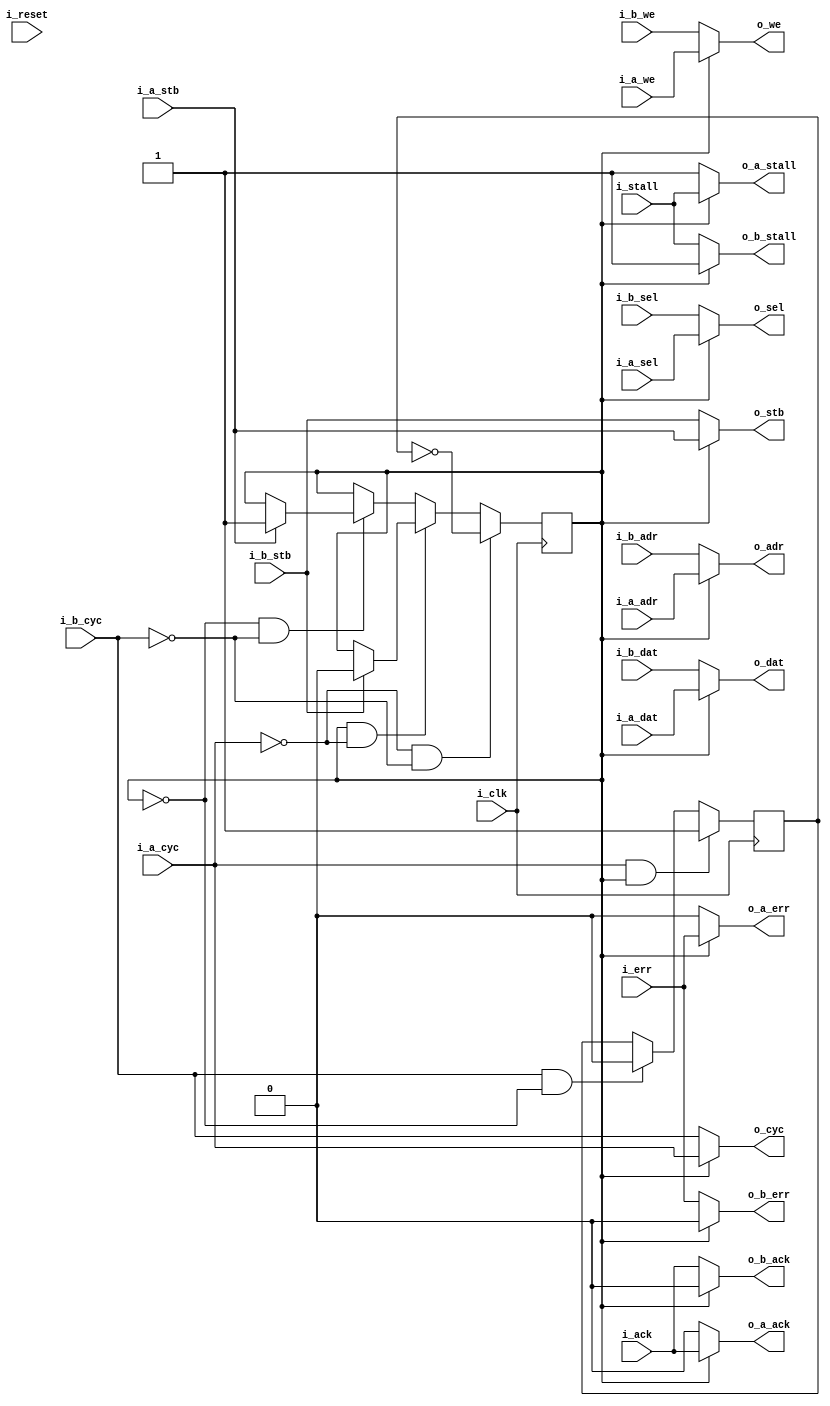
////////////////////////////////////////////////////////////////////////////////
//
//
// Project:	Zip CPU -- a small, lightweight, RISC CPU soft core
//
// Purpose:	This is a priority bus arbiter.  It allows two separate wishbone
//		masters to connect to the same bus, while also guaranteeing
//	that the last master can have the bus with no delay any time it is
//	idle.  The goal is to minimize the combinatorial logic required in this
//	process, while still minimizing access time.
//
//	The core logic works like this:
//
//		1. If 'A' or 'B' asserts the o_cyc line, a bus cycle will begin,
//			with acccess granted to whomever requested it.
//		2. If both 'A' and 'B' assert o_cyc at the same time, only 'A'
//			will be granted the bus.  (If the alternating parameter 
//			is set, A and B will alternate who gets the bus in
//			this case.)
//		3. The bus will remain owned by whomever the bus was granted to
//			until they deassert the o_cyc line.
//		4. At the end of a bus cycle, o_cyc is guaranteed to be
//			deasserted (low) for one clock.
//		5. On the next clock, bus arbitration takes place again.  If
//			'A' requests the bus, no matter how long 'B' was
//			waiting, 'A' will then be granted the bus.  (Unless
//			again the alternating parameter is set, then the
//			access is guaranteed to switch to B.)
//
//
// Creator:	Dan Gisselquist, Ph.D.
//		Gisselquist Technology, LLC
//
////////////////////////////////////////////////////////////////////////////////
//
// Copyright (C) 2015-2020, Gisselquist Technology, LLC
//
// This program is free software (firmware): you can redistribute it and/or
// modify it under the terms of  the GNU General Public License as published
// by the Free Software Foundation, either version 3 of the License, or (at
// your option) any later version.
//
// This program is distributed in the hope that it will be useful, but WITHOUT
// ANY WARRANTY; without even the implied warranty of MERCHANTIBILITY or
// FITNESS FOR A PARTICULAR PURPOSE.  See the GNU General Public License
// for more details.
//
// You should have received a copy of the GNU General Public License along
// with this program.  (It's in the $(ROOT)/doc directory.  Run make with no
// target there if the PDF file isn't present.)  If not, see
// <http://www.gnu.org/licenses/> for a copy.
//
// License:	GPL, v3, as defined and found on www.gnu.org,
//		http://www.gnu.org/licenses/gpl.html
//
//
////////////////////////////////////////////////////////////////////////////////
//
//
`default_nettype	none
//
`define	WBA_ALTERNATING
//
module	wbarbiter(i_clk, i_reset,
	// Bus A -- the priority bus
	i_a_cyc, i_a_stb, i_a_we, i_a_adr, i_a_dat, i_a_sel,
		o_a_stall, o_a_ack, o_a_err,
	// Bus B
	i_b_cyc, i_b_stb, i_b_we, i_b_adr, i_b_dat, i_b_sel,
		o_b_stall, o_b_ack, o_b_err,
	// Combined/arbitrated bus
	o_cyc, o_stb, o_we, o_adr, o_dat, o_sel, i_stall, i_ack, i_err
	);
	parameter			DW=32, AW=32;
	parameter			SCHEME="ALTERNATING";
	parameter	[0:0]		OPT_ZERO_ON_IDLE = 1'b0;
	parameter			F_MAX_STALL = 3;
	parameter			F_MAX_ACK_DELAY = 3;

	//
	input	wire			i_clk, i_reset;
	// Bus A
	input	wire			i_a_cyc, i_a_stb, i_a_we;
	input	wire	[(AW-1):0]	i_a_adr;
	input	wire	[(DW-1):0]	i_a_dat;
	input	wire	[(DW/8-1):0]	i_a_sel;
	output	wire			o_a_stall, o_a_ack, o_a_err;
	// Bus B
	input	wire			i_b_cyc, i_b_stb, i_b_we;
	input	wire	[(AW-1):0]	i_b_adr;
	input	wire	[(DW-1):0]	i_b_dat;
	input	wire	[(DW/8-1):0]	i_b_sel;
	output	wire			o_b_stall, o_b_ack, o_b_err;
	//
	output	wire			o_cyc, o_stb, o_we;
	output	wire	[(AW-1):0]	o_adr;
	output	wire	[(DW-1):0]	o_dat;
	output	wire	[(DW/8-1):0]	o_sel;
	input	wire			i_stall, i_ack, i_err;
	//

	// Go high immediately (new cycle) if ...
	//	Previous cycle was low and *someone* is requesting a bus cycle
	// Go low immadiately if ...
	//	We were just high and the owner no longer wants the bus
	// WISHBONE Spec recommends no logic between a FF and the o_cyc
	//	This violates that spec.  (Rec 3.15, p35)
	reg	r_a_owner;

	assign o_cyc = (r_a_owner) ? i_a_cyc : i_b_cyc;
	initial	r_a_owner = 1'b1;

	generate if (SCHEME == "PRIORITY")
	begin : PRI

		always @(posedge i_clk)
			if (!i_b_cyc)
				r_a_owner <= 1'b1;
			// Allow B to set its CYC line w/o activating this
			// interface
			else if ((i_b_stb)&&(!i_a_cyc))
				r_a_owner <= 1'b0;

	end else if (SCHEME == "ALTERNATING")
	begin : ALT

		reg	last_owner;
		initial	last_owner = 1'b0;
		always @(posedge i_clk)
			if ((i_a_cyc)&&(r_a_owner))
				last_owner <= 1'b1;
			else if ((i_b_cyc)&&(!r_a_owner))
				last_owner <= 1'b0;

		always @(posedge i_clk)
			if ((!i_a_cyc)&&(!i_b_cyc))
				r_a_owner <= !last_owner;
			else if ((r_a_owner)&&(!i_a_cyc))
			begin

				if (i_b_stb)
					r_a_owner <= 1'b0;

			end else if ((!r_a_owner)&&(!i_b_cyc))
			begin

				if (i_a_stb)
					r_a_owner <= 1'b1;

			end

	end else // if (SCHEME == "LAST")
	begin : LST
		always @(posedge i_clk)
			if ((!i_a_cyc)&&(i_b_stb))
				r_a_owner <= 1'b0;
			else if ((!i_b_cyc)&&(i_a_stb))
				r_a_owner <= 1'b1;
	end endgenerate


	// Realistically, if neither master owns the bus, the output is a
	// don't care.  Thus we trigger off whether or not 'A' owns the bus.
	// If 'B' owns it all we care is that 'A' does not.  Likewise, if
	// neither owns the bus than the values on the various lines are
	// irrelevant.
	assign o_we  = (r_a_owner) ? i_a_we  : i_b_we;

	generate if (OPT_ZERO_ON_IDLE)
	begin
		//
		// OPT_ZERO_ON_IDLE will use up more logic and may even slow
		// down the master clock if set.  However, it may also reduce
		// the power used by the FPGA by preventing things from toggling
		// when the bus isn't in use.  The option is here because it
		// also makes it a lot easier to look for when things happen
		// on the bus via VERILATOR when timing and logic counts
		// don't matter.
		//
		assign o_stb     = (o_cyc)? ((r_a_owner) ? i_a_stb : i_b_stb):0;
		assign o_adr     = (o_stb)? ((r_a_owner) ? i_a_adr : i_b_adr):0;
		assign o_dat     = (o_stb)? ((r_a_owner) ? i_a_dat : i_b_dat):0;
		assign o_sel     = (o_stb)? ((r_a_owner) ? i_a_sel : i_b_sel):0;
		assign o_a_ack   = (o_cyc)&&( r_a_owner) ? i_ack   : 1'b0;
		assign o_b_ack   = (o_cyc)&&(!r_a_owner) ? i_ack   : 1'b0;
		assign o_a_stall = (o_cyc)&&( r_a_owner) ? i_stall : 1'b1;
		assign o_b_stall = (o_cyc)&&(!r_a_owner) ? i_stall : 1'b1;
		assign o_a_err   = (o_cyc)&&( r_a_owner) ? i_err : 1'b0;
		assign o_b_err   = (o_cyc)&&(!r_a_owner) ? i_err : 1'b0;
	end else begin

		assign o_stb = (r_a_owner) ? i_a_stb : i_b_stb;
		assign o_adr = (r_a_owner) ? i_a_adr : i_b_adr;
		assign o_dat = (r_a_owner) ? i_a_dat : i_b_dat;
		assign o_sel = (r_a_owner) ? i_a_sel : i_b_sel;

		// We cannot allow the return acknowledgement to ever go high if
		// the master in question does not own the bus.  Hence we force
		// it low if the particular master doesn't own the bus.
		assign	o_a_ack   = ( r_a_owner) ? i_ack   : 1'b0;
		assign	o_b_ack   = (!r_a_owner) ? i_ack   : 1'b0;

		// Stall must be asserted on the same cycle the input master
		// asserts the bus, if the bus isn't granted to him.
		assign	o_a_stall = ( r_a_owner) ? i_stall : 1'b1;
		assign	o_b_stall = (!r_a_owner) ? i_stall : 1'b1;

		//
		//
		assign	o_a_err = ( r_a_owner) ? i_err : 1'b0;
		assign	o_b_err = (!r_a_owner) ? i_err : 1'b0;
	end endgenerate

	// Make Verilator happy
	// verilator lint_off UNUSED
	wire	unused;
	assign	unused = i_reset;
	// verilator lint_on  UNUSED

`ifdef	FORMAL
// Formal properties for this module are maintained elsewhere
`endif
endmodule